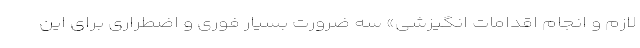
لازم و انجام اقدامات انگیزشی» سه ضرورت بسیار فوری و اضطراری برای این